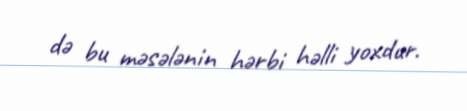
də bu məsələnin hərbi həlli yoxdur.